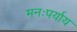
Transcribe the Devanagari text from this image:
मनःपर्याय